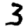
Digit: 3